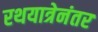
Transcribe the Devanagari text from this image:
रथयात्रेनंतर